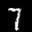
Label: 7